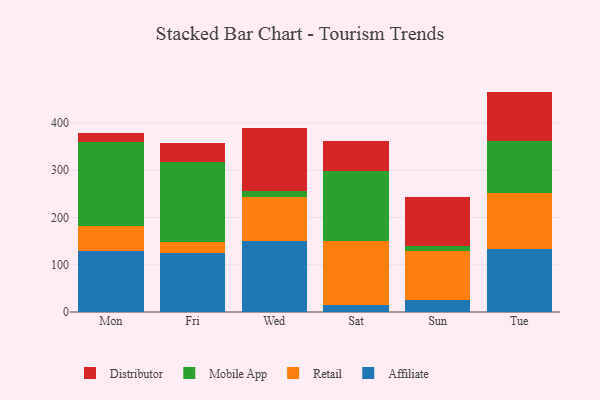
{"axis": {"x": "Day", "y": "Conversion Rate (%)"}, "legend": ["Affiliate", "Distributor", "Mobile App", "Retail"], "data": [{"x": "Mon", "y": 129.4, "type": "Affiliate"}, {"x": "Mon", "y": 53.2, "type": "Retail"}, {"x": "Mon", "y": 177.7, "type": "Mobile App"}, {"x": "Mon", "y": 17.8, "type": "Distributor"}, {"x": "Fri", "y": 125.7, "type": "Affiliate"}, {"x": "Fri", "y": 22.9, "type": "Retail"}, {"x": "Fri", "y": 168.9, "type": "Mobile App"}, {"x": "Fri", "y": 39.4, "type": "Distributor"}, {"x": "Wed", "y": 150.5, "type": "Affiliate"}, {"x": "Wed", "y": 92.4, "type": "Retail"}, {"x": "Wed", "y": 14.0, "type": "Mobile App"}, {"x": "Wed", "y": 132.5, "type": "Distributor"}, {"x": "Sat", "y": 15.7, "type": "Affiliate"}, {"x": "Sat", "y": 133.6, "type": "Retail"}, {"x": "Sat", "y": 148.7, "type": "Mobile App"}, {"x": "Sat", "y": 63.1, "type": "Distributor"}, {"x": "Sun", "y": 24.7, "type": "Affiliate"}, {"x": "Sun", "y": 104.0, "type": "Retail"}, {"x": "Sun", "y": 10.9, "type": "Mobile App"}, {"x": "Sun", "y": 104.4, "type": "Distributor"}, {"x": "Tue", "y": 133.1, "type": "Affiliate"}, {"x": "Tue", "y": 119.2, "type": "Retail"}, {"x": "Tue", "y": 109.9, "type": "Mobile App"}, {"x": "Tue", "y": 104.0, "type": "Distributor"}]}